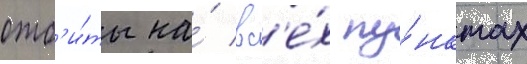
отб'и́ты на́ вс'е́х пу́нктах